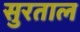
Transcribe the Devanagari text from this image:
सुरताल